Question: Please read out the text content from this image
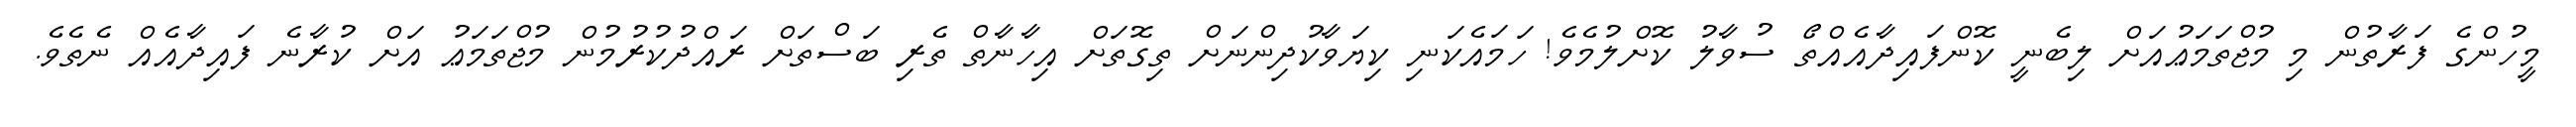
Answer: މީހުންގެ ފަރާތުން މި މުޖްތަމަޢުއަށް ލިބެނީ ކޮންފައިދާއެއްތޯ ސުވާލު ކޮށްލުމެވެ! ހަމައެކަނި ކިޔަވާކުދިންނަށް ތިގޮތަށް އިހާނާތް ތެރި ބަސްތަށް ރައްދުކުރުމުން މުޖްތަމަޢު އަށް ކުރާނެ ފައިދާއެއް ނެތެވެ.